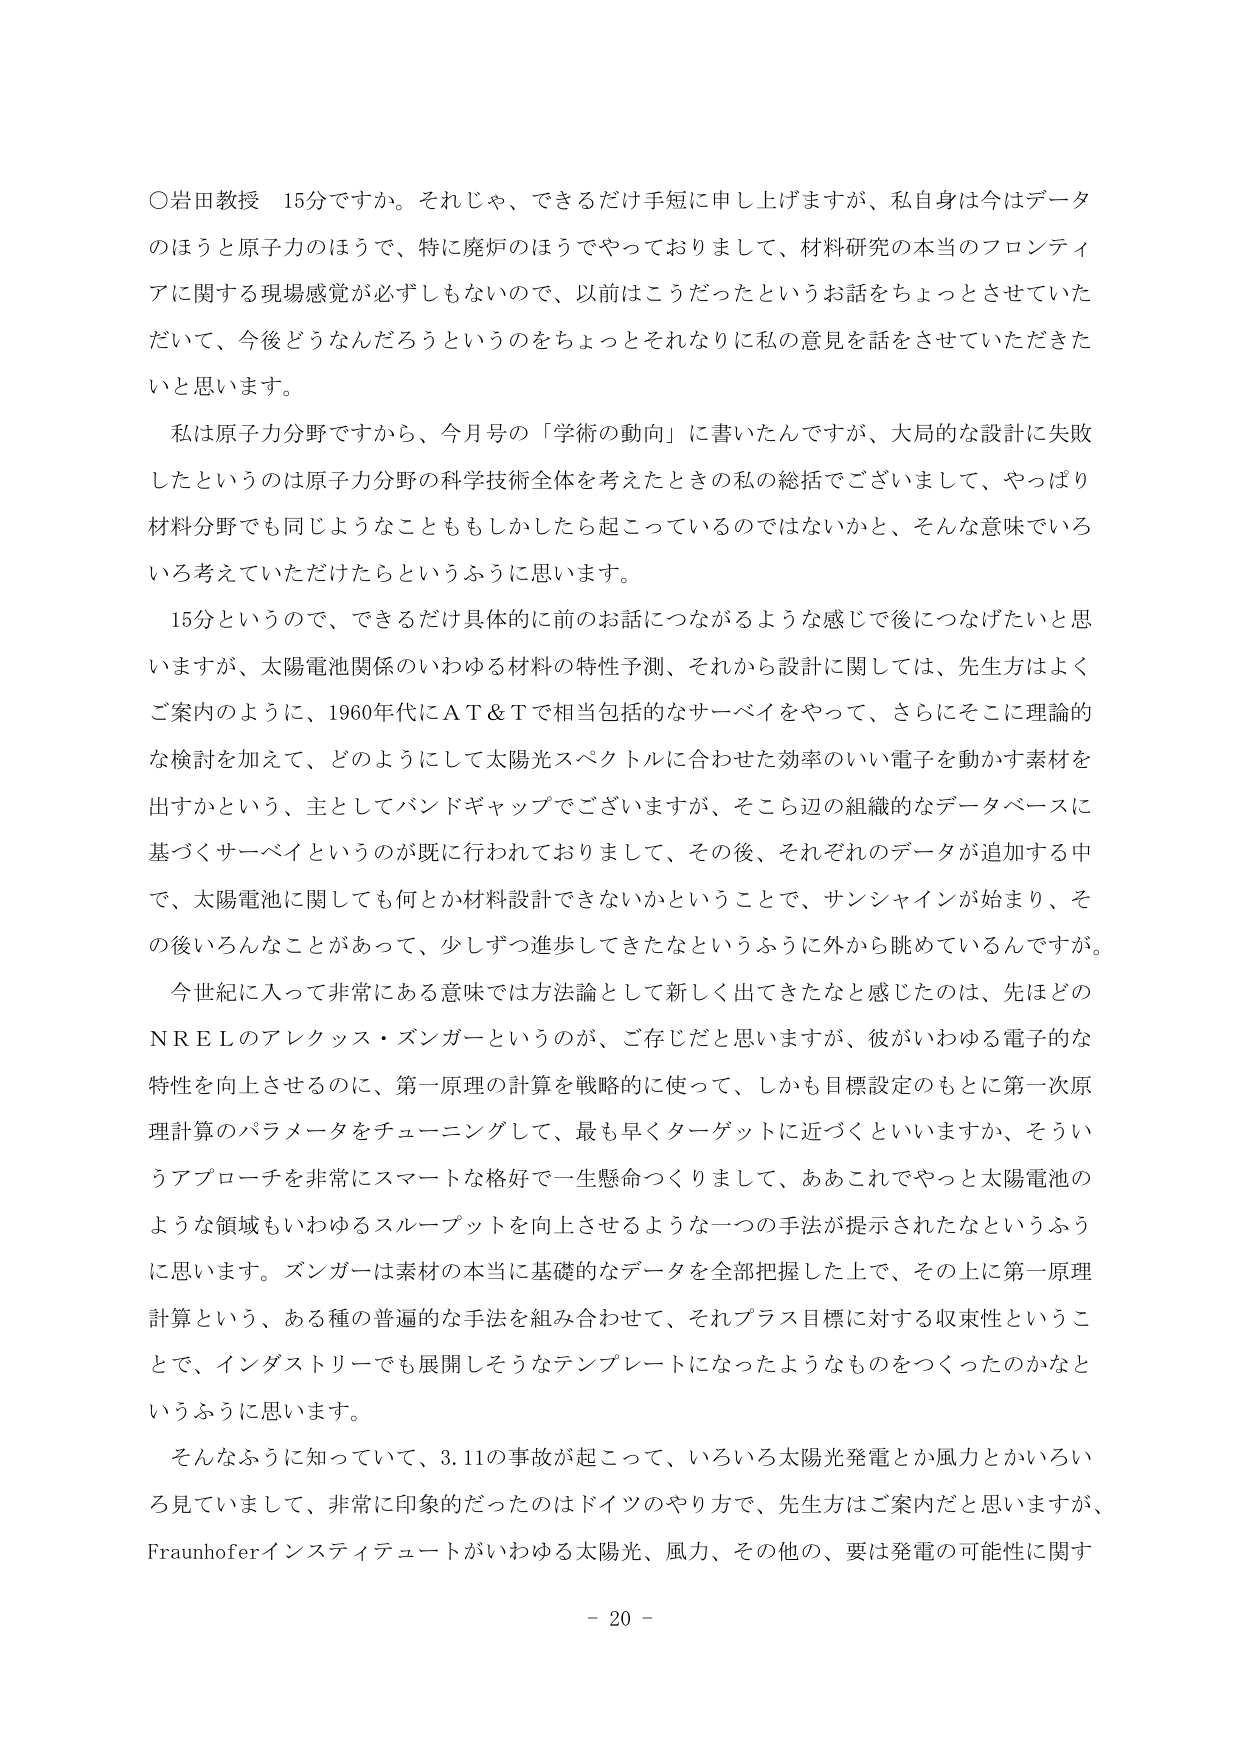
○岩田教授　15分ですか。それじゃ、できるだけ手短に申し上げますが、私自身は今はデータのほうと原子力のほうで、特に廃炉のほうでやっておりまして、材料研究の本当のフロンティアに関する現場感覚が必ずしもないんで、以前はこうだったというお話をちょっとさせていただいて、今後どうなんだろうというのをちょっとそれなりに私の意見を話をさせていただきたいと思います。

私は原子力分野ですから、今月号の「学術の動向」に書いたんですが、大局的な設計に失敗したというのは原子力分野の科学技術全体を考えたときの私の総括でございまして、やっぱり材料分野でも同じようなことももしかしたら起こっているのではないかと、そんな意味でいろいろ考えていただけたらというふうに思います。

15分というので、できるだけ具体的に前のお話につながるような感じで後につなげたいと思いますが、太陽電池関係のいわゆる材料の特性予測、それから設計に関しては、先生方はよくご案内のように、1960年代にＡＴ＆Ｔで相当包括的なサーベイをやって、さらにそこに理論的な検討を加えて、どのようにして太陽光スペクトルに合わせた効率のいい電子を動かす素材を出すかという、主としてバンドギャップでございますが、そこら辺の組織的なデータベースに基づくサーベイというのが既に行われておりまして、その後、それぞれのデータが追加する中で、太陽電池に関しても何とか材料設計できないかということで、サンシャインが始まり、その後いろんなことがあって、少しずつ進歩してきたなというふうに外から眺めているんですが。

今世紀に入って非常にある意味では方法論として新しく出てきたなと感じたのは、先ほどのＮＲＥＬのアレックス・ズンガーというのが、ご存じだと思いますが、彼がいわゆる電子的な特性を向上させるのに、第一原理の計算を戦略的に使って、しかも目標設定のもとに第一次原理計算のパラメータをチューニングして、最も早くターゲットに近づくといいますか、そういうアプローチを非常にスマートな格好で一生懸命つくりまして、ああこれでやっと太陽電池のような領域もいわゆるスループットを向上させるような一つの手法が提示されたなというふうに思います。ズンガーは素材の本当に基礎的なデータを全部把握した上で、その上に第一原理計算という、ある種の普遍的な手法を組み合わせて、それプラス目標に対する収束性ということで、インダストリーでも展開しそうなテンプレートになったようなものをつくったのかなというふうに思います。

そんなふうに知っていて、3.11の事故が起こって、いろいろ太陽光発電とか風力とかいろいろ見ていまして、非常に印象的だったのはドイツのやり方で、先生方はご案内だと思いますが、Fraunhoferインスティテュートがいわゆる太陽光、風力、その他の、要是発電の可能性に関する

- 20 -